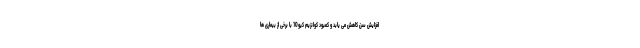
افزایش سن کاهش می یابد و کمبود کوانزیم کیو10 با برخی از بیماری ها